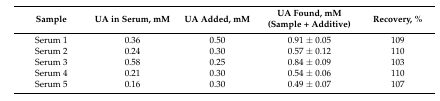
<table><thead><tr><td><b>Sample</b></td><td><b>UA in Serum, mM</b></td><td><b>UA Added, mM</b></td><td><b>UA Found, mM (Sample + Additive)</b></td><td><b>Recovery, %</b></td></tr></thead><tbody><tr><td>Serum 1</td><td>0.36</td><td>0.50</td><td>0.91 ± 0.05</td><td>109</td></tr><tr><td>Serum 2</td><td>0.24</td><td>0.30</td><td>0.57 ± 0.12</td><td>110</td></tr><tr><td>Serum 3</td><td>0.58</td><td>0.25</td><td>0.84 ± 0.09</td><td>103</td></tr><tr><td>Serum 4</td><td>0.21</td><td>0.30</td><td>0.54 ± 0.06</td><td>110</td></tr><tr><td>Serum 5</td><td>0.16</td><td>0.30</td><td>0.49 ± 0.07</td><td>107</td></tr></tbody></table>